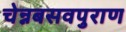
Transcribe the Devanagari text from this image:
चेन्नबसवपुराण